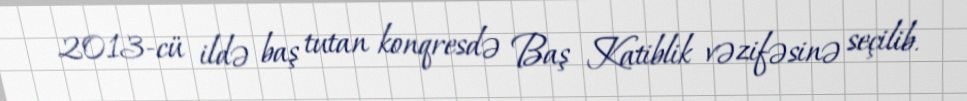
2013-cü ildə baş tutan konqresdə Baş Katiblik vəzifəsinə seçilib.